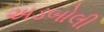
અડબોલી